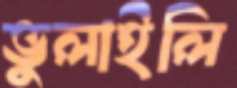
ভুলাইলি